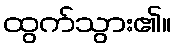
ထွက်သွား၏။